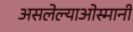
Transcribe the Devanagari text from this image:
असलेल्याओस्मानी